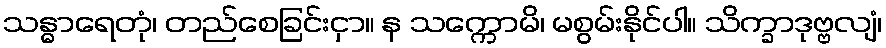
သန္ဓာရေတုံ၊ တည်စေခြင်းငှာ။ န သက္ကောမိ၊ မစွမ်းနိုင်ပါ။ သိက္ခာဒုဗ္ဗလျံ၊